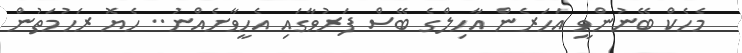
މެހެކް ބޭނުންވީ އަހަރެން އާހިލްގެ ބޭސް ފަރުވާގައި އެހީވާށެއްނު.. ހެޔޮ ރަހުމަތުން